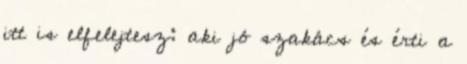
itt is elfelejtesz: aki jó szakács és érti a